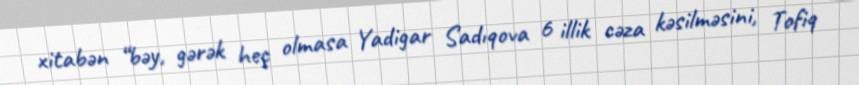
xitabən “bəy, gərək heç olmasa Yadigar Sadıqova 6 illik cəza kəsilməsini, Tofiq